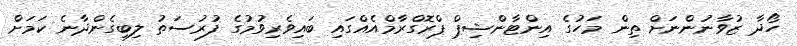
ހޯދާ ޒުވާނުންނަށް ތިން މަހުގެ އިންޓާންޝިޕް ޕްރޮގްރާމްއެއްގައި ބައިވެރިވުމުގެ ފުރުސަތު ލިބިގެންދާނެ ކަމަށް